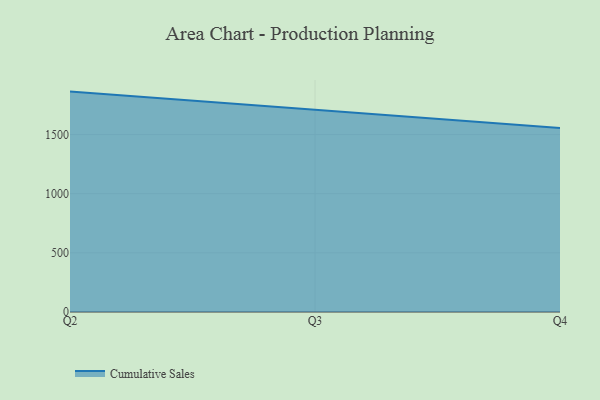
{"axis": {"x": "Quarter", "y": "Energy Usage (MWh)"}, "legend": ["Cumulative Sales"], "data": [{"x": "Q2", "y": 1863.6, "type": "Cumulative Sales"}, {"x": "Q3", "y": 1711.2, "type": "Cumulative Sales"}, {"x": "Q4", "y": 1556.6, "type": "Cumulative Sales"}]}